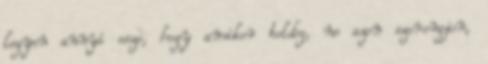
legyen annyi esze, hogy amikor boldog, ne azon szorongjon,